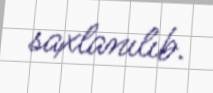
saxlanılıb.